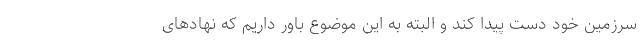
سرزمین خود دست پیدا کند و البته به این موضوع باور داریم که نهادهای